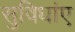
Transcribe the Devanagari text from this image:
सुविधांए